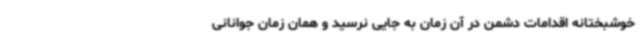
خوشبختانه اقدامات دشمن در آن زمان به جایی نرسید و همان زمان جوانانی